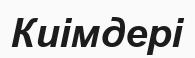
Киімдері